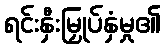
ရင်းနှီးမြှုပ်နှံမှု၏